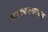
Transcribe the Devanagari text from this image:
बवउचनजमतद्ध